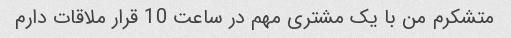
متشکرم من با یک مشتری مهم در ساعت 10 قرار ملاقات دارم